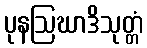
ပုနဩဃာဒိသုတ္တံ